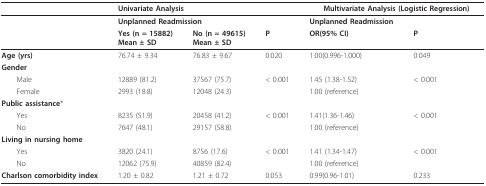
<table><thead><tr><td></td><td colspan="2"><b>Univariate Analysis</b></td><td></td><td colspan="2"><b>Multivariate Analysis (Logistic Regression)</b></td></tr></thead><tbody><tr><td></td><td colspan="2"><b>Unplanned Readmission</b></td><td></td><td colspan="2"><b>Unplanned Readmission</b></td></tr><tr><td></td><td><b>Yes (n = 15882)</b><b>Mean ± SD</b></td><td><b>No (n = 49615)</b><b>Mean ± SD</b></td><td><b>P</b></td><td><b>OR(95% CI)</b></td><td><b>P</b></td></tr><tr><td><b>Age (yrs)</b></td><td>76.74 ± 9.34</td><td>76.83 ± 9.67</td><td>0.020</td><td>1.00(0.996-1.000)</td><td>0.049</td></tr><tr><td><b>Gender</b></td><td></td><td></td><td></td><td></td><td></td></tr><tr><td> Male</td><td>12889 (81.2)</td><td>37567 (75.7)</td><td>&lt; 0.001</td><td>1.45 (1.38-1.52)</td><td>&lt; 0.001</td></tr><tr><td> Female</td><td>2993 (18.8)</td><td>12048 (24.3)</td><td></td><td>1.00 (reference)</td><td></td></tr><tr><td><b>Public assistance</b>*</td><td></td><td></td><td></td><td></td><td></td></tr><tr><td> Yes</td><td>8235 (51.9)</td><td>20458 (41.2)</td><td>&lt; 0.001</td><td>1.41(1.36-1.46)</td><td>&lt; 0.001</td></tr><tr><td> No</td><td>7647 (48.1)</td><td>29157 (58.8)</td><td></td><td>1.00 (reference)</td><td></td></tr><tr><td><b>Living in nursing home</b></td><td></td><td></td><td></td><td></td><td></td></tr><tr><td> Yes</td><td>3820 (24.1)</td><td>8756 (17.6)</td><td>&lt; 0.001</td><td>1.41 (1.34-1.47)</td><td>&lt; 0.001</td></tr><tr><td> No</td><td>12062 (75.9)</td><td>40859 (82.4)</td><td></td><td>1.00 (reference)</td><td></td></tr><tr><td><b>Charlson comorbidity index</b></td><td>1.20 ± 0.82</td><td>1.21 ± 0.72</td><td>0.053</td><td>0.99(0.96-1.01)</td><td>0.233</td></tr></tbody></table>